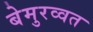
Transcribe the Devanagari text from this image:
बेमुरव्वत